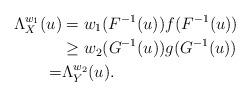
LaTeX: \begin{align*}\Lambda_X^{w_1} (u)&=w_1(F^{-1}(u)) f(F^{-1}(u))\\&\ge w_2(G^{-1}(u)) g(G^{-1}(u))\\=&\Lambda_Y^{w_2} (u).\end{align*}